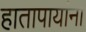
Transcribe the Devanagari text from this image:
हातापायांना